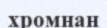
хромнан